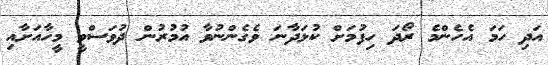
އަދި ހަމަ އެހެންމެ ރޯދަ ހިފުމަށް ކުޅަދާނަ ވެގެންނުވާ އުމުރުން ދުވަސްވީ މީހާއަށާއި